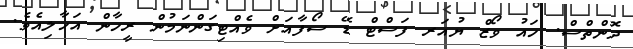
ދޮންތްސް. ހައު ވޯޒް ޔުއަރ ފަސްޓް ޑޭ ސޯފާއަށް ވެއްޓިގަންނަމުން ރީހާން އަހާލިއެވެ.